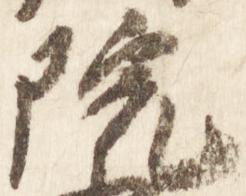
院